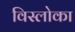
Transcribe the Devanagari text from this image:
विस्लोका